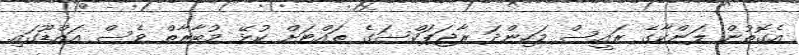
އެގޮތުން ލަންކާގެ ރައީސް މަހިންދަ ރާޖަޕަކްސަގެ ތައްޓަށް ކުޅޭ މުބާރާތް ވެސް އައްޑޫގައި